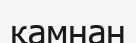
қамнан